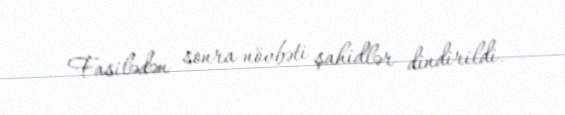
Fasilədən sonra növbəti şahidlər dindirildi.